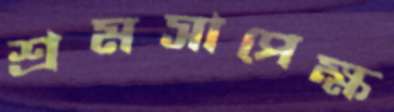
শ্রমসাপেক্ষ